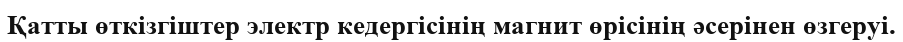
Қатты өткізгіштер электр кедергісінің магнит өрісінің әсерінен өзгеруі.